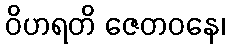
ဝိဟရတိ ဇေတဝနေ၊